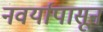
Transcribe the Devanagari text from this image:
नवर्यापासून